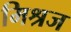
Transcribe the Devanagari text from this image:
मिश्रज